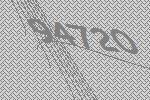
94720